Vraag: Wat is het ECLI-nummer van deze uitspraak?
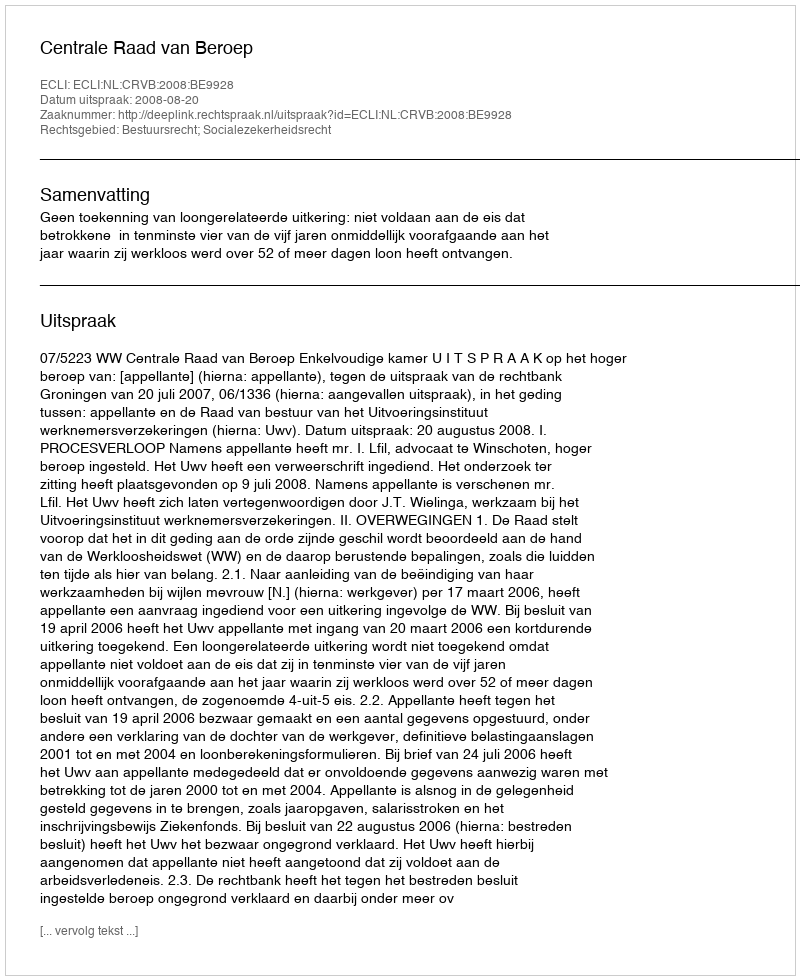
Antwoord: ECLI:NL:CRVB:2008:BE9928